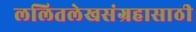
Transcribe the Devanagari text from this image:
ललितलेखसंग्रहासाठी